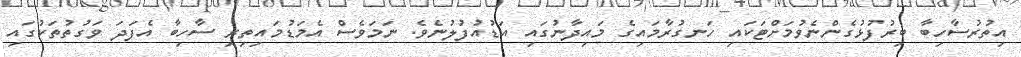
އިތުރުސާހިބާ ބިރުފުޅުގެންނެވުމަށްޓަކައި ހަނގުރާމައިގެ މައިދާނުގައި އަޑުއުފުލުނެވެ. ނަމަވެސް އެމަޑުމައިތިރި ސާހިބާ އެފަދަ ވަގުތުތަކުގައި